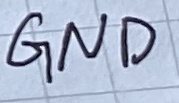
Text: GND